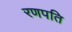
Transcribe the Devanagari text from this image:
रणपति